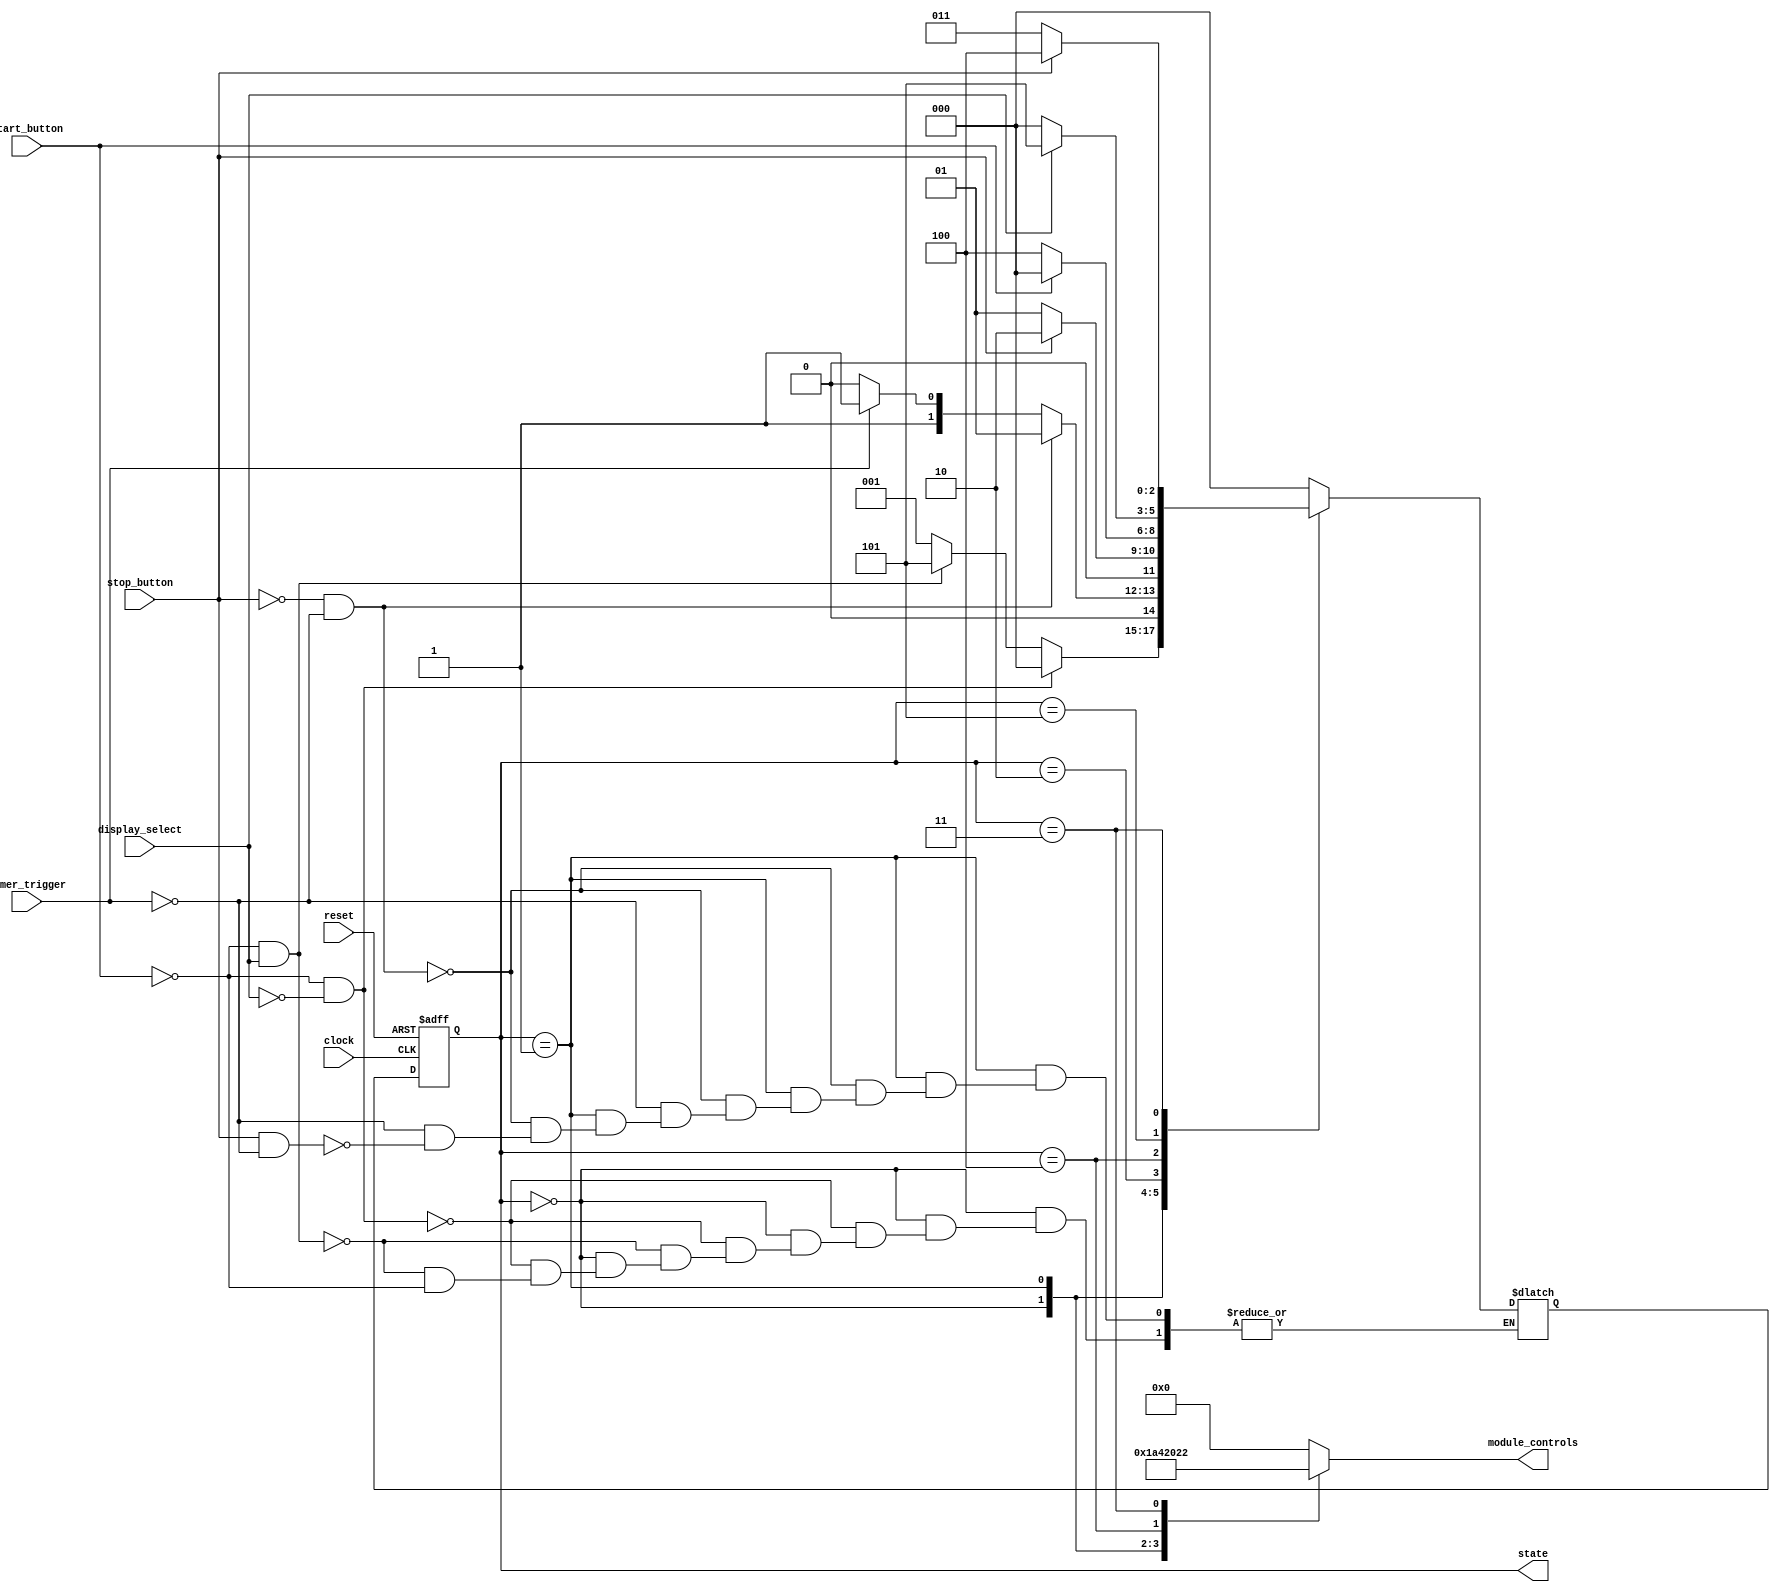
//Moore state machine!
module state_machine(input clock, input reset, input start_button, input stop_button, 
							input timer_trigger, input display_select, output reg[6:0] module_controls, output[2:0] state); //currently not outputtingthe correct module controls 
	
	//define state vars <3
	reg[2:0] current_state, next_state;
	parameter[2:0] A = 3'b000, B = 3'b001, C = 3'b010, D = 3'b100, E = 3'b101, F = 3'b011, G = 3'b110, H = 3'b111; //state variables 
	parameter[6:0] A_out = 7'b0001101, B_out = 7'b0010000, C_out = 7'b0, D_out = 7'b1000000, E_out = 7'b0, F_out = 7'b0100010; //state outputs
	
	//define state transitions <3
	always@(current_state, start_button, stop_button, timer_trigger, display_select)
	begin
		case(current_state)
		
			A: begin
				module_controls = A_out;
				if(~start_button & ~display_select) //if start = 0, display = 0, others = d
					next_state = A;
				else if(~start_button & display_select) //if start = 0, display = 1, others = d
					next_state = E;
				else if(start_button) //if start = 1, others = d
					next_state = B;
				end
				
			B: begin
				module_controls = B_out;
				if(~stop_button & ~timer_trigger) //if stop = 0, trigger = 0, others = d
					next_state = B;
				else if(timer_trigger) //if trigger = 1, others = d
					next_state = F;
				else if(stop_button & ~timer_trigger) //if stop = 1, trigger = 0, others = d
					next_state = C;
				end
					
			C: begin
				module_controls = C_out;
				if(~stop_button) //if stop = 0, others = d
					next_state = B;
				else if(stop_button) //if stop = 1, others = d
					next_state = C;
				end
					
			D: begin
				module_controls = D_out;
				if(~start_button) //if start = 0, others = d
					next_state = D;
				else if(start_button) //if stop = 1, others = d
					next_state = A;
				end
					
			E: begin
				module_controls = E_out;
				if(display_select) //if display = 1, others = d
					next_state = E;
				else if(~display_select) //if display = 0, others = d
					next_state = A;
				end
					
			F: begin
				module_controls = F_out;
				if(~stop_button) //if stop = 0, others = d
					next_state = F;
				else if(stop_button) //if stop = 1, others = d
					next_state = D;
				end
				
			default: begin //for any other value, return to state A
						module_controls = 7'b0;
						next_state = A;
						end
		endcase

	end
	
	//latch the state <3
	always@(posedge clock, posedge reset)
	begin
		if(reset) //asynchronous reset
			current_state <= A;
		else
			current_state <= next_state; //set current state to next state at clk posedge
	end
	
	assign state = current_state;

endmodule